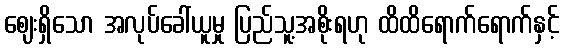
ဈေးရှိသော အလုပ်ခေါ်ယူမှု ပြည်သူ့အစိုးရဟု ထိထိရောက်ရောက်နှင့်